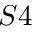
S 4